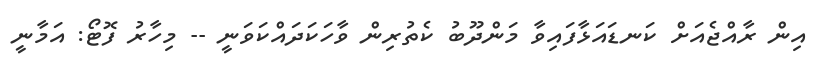
އިން ރާއްޖެއަށް ކަނޑައަޅާފައިވާ މަންދޫބު ކެތުރިން ވާހަކަދައްކަވަނީ -- މިހާރު ފޮޓޯ: އަމާނީ